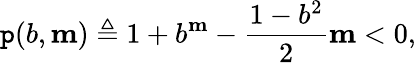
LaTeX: \mathtt{p}(b,\mathbf{m})\triangleq 1+b^{\mathbf{m}}-\frac{1-b^{2}}{2}\mathbf{m}<0,